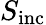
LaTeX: S_{\mathrm{inc}}